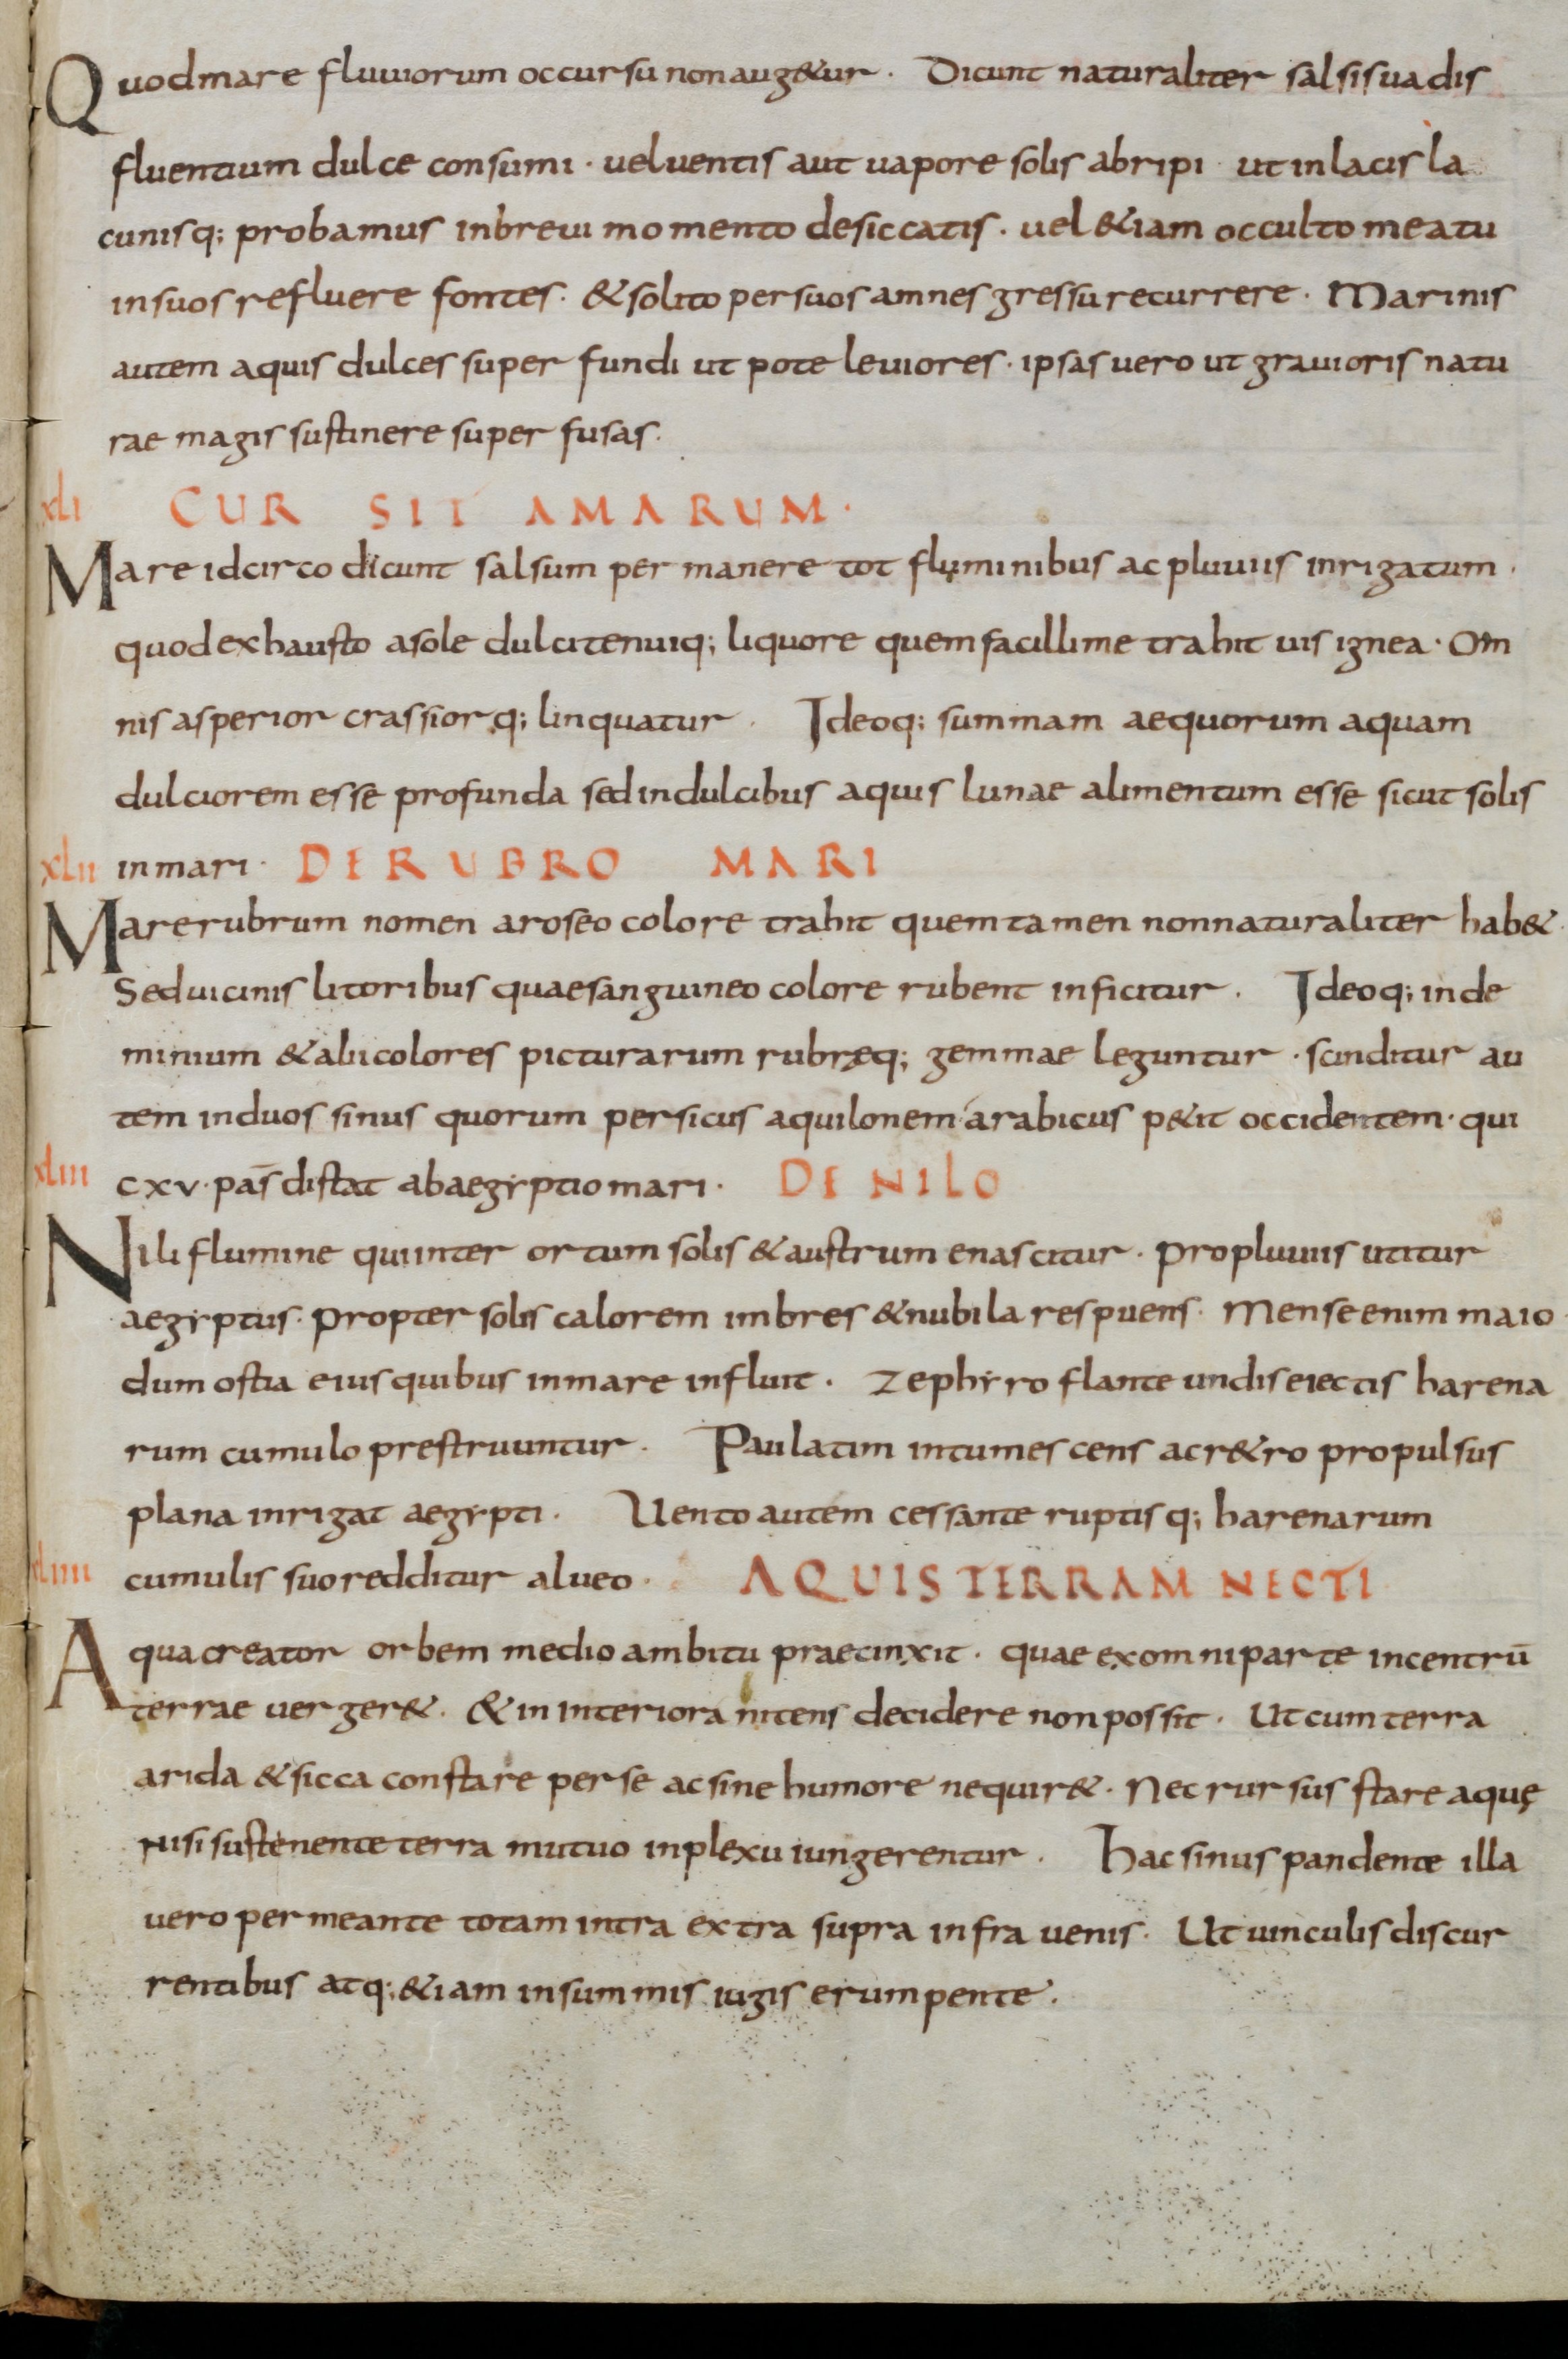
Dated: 835–865